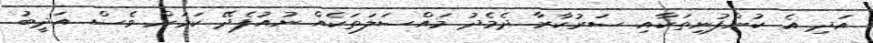
އަދި އެ ކުންފުނިތަކާއި ސަރުކާރާ ދެމެދު މައްސަލަތަކެއް ނުއުފެދޭ ކަމަށް ވެސް އަދީބު